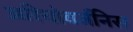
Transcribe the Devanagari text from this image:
अरियोवर्जनिस